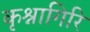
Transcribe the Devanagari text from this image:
कृश्नागिरि